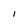
Character: I